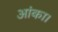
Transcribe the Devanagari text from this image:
आंका।